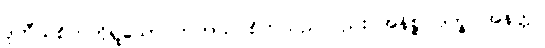
ဒုတီယစိတ်ကိုရှုသော တတိယ စိတ်သည်လည်း အနိစ္စ၊ ဒုက္ခ၊ အနတ္တ။